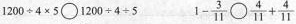
$$1 2 0 0 \div 4 \times 5 \circ 1 2 0 0 \div 4 \div 5$$ $$1 - \frac { 3 } { 11 } \circ \frac { 4 } { 11 } + \frac { 4 } { 11 }$$